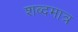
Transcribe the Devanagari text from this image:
शब्दमात्र